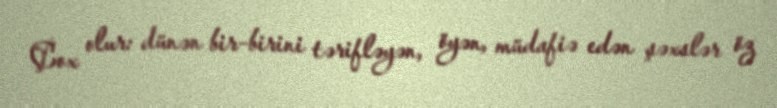
Çox olur: dünən bir-birini tərifləyən, öyən, müdafiə edən şəxslər öz